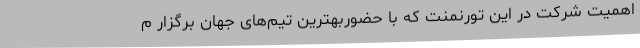
اهمیت شرکت در این تورنمنت که با حضوربهترین‌ تیم‌های جهان برگزار م